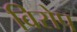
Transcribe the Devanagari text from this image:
विरोप